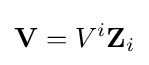
{\textbf {V}}=V^{i}{\textbf {Z}}_{i}